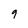
Character: 9